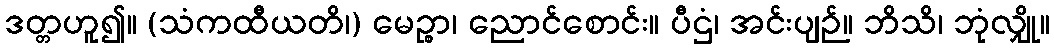
ဒတ္တဟူ၍။ (သံကထီယတိ၊) မေဉ္စာ၊ ညောင်စောင်း။ ပီဌံ၊ အင်းပျဉ်။ ဘိသိ၊ ဘုံလျှို။